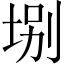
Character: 𡌀